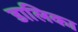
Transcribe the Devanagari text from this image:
डालिका